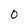
Character: 0